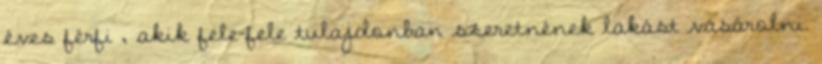
éves férfi , akik fele-fele tulajdonban szeretnének lakást vásárolni.